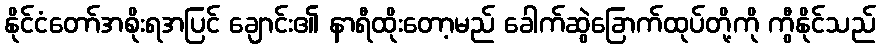
နိုင်ငံတော်အစိုးရအပြင် ချောင်း၏ နာရီထိုးတော့မည် ခေါက်ဆွဲခြောက်ထုပ်တို့ကို ကွီနိုင်သည်